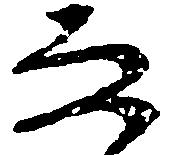
な